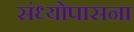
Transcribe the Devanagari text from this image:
संध्योपासना